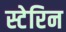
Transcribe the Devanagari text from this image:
स्टेरिन